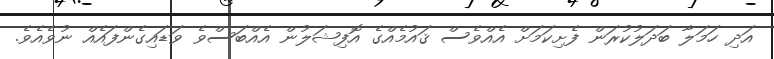
އަދި ހަމަލާ ބަދަލުކުރަން ފެށިކަމަށް އެއްވެސް ޤައުމެއްގެ އޮފިޝަލުން އެއްބަސްވެ ވަޑައިގެންފައެއް ނުވެއެވެ.